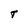
Character: T